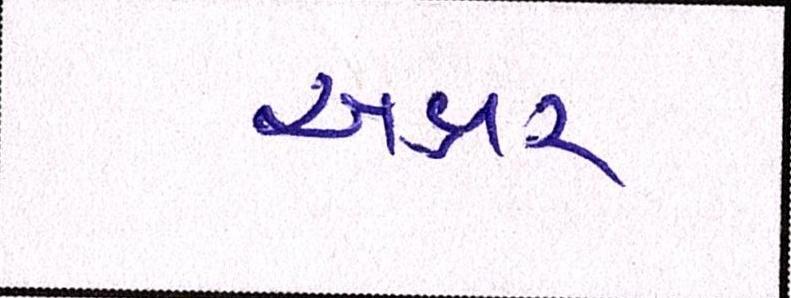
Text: અક્ષર